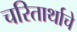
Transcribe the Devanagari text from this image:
चरितार्थाचे